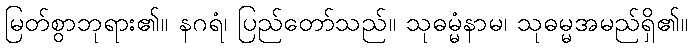
မြတ်စွာဘုရား၏။ နဂရံ၊ ပြည်တော်သည်။ သုဓမ္မံနာမ၊ သုဓမ္မအမည်ရှိ၏။